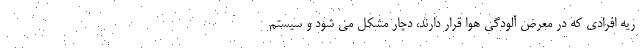
ریه افرادی که در معرض آلودگی هوا قرار دارند، دچار مشکل می شود و سیستم